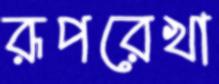
রূপরেখা